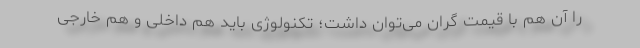
را آن هم با قیمت گران می‌توان داشت؛ تکنولوژی باید هم داخلی و هم خارجی